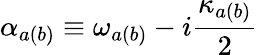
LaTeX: \alpha_{a(b)}\equiv\omega_{a(b)}-i\frac{\kappa_{a(b)}}{2}